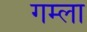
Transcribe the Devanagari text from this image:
गम्ला